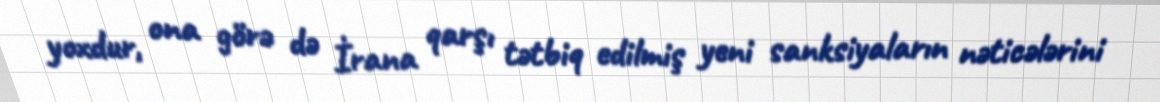
yoxdur, ona görə də İrana qarşı tətbiq edilmiş yeni sanksiyaların nəticələrini